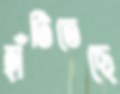
হাঁটিতেছে